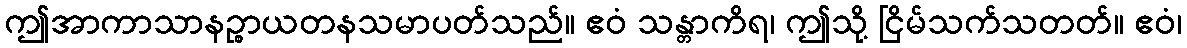
ဤအာကာသာနဉ္စာယတနသမာပတ်သည်။ ဧဝံ သန္တာကိရ၊ ဤသို့ ငြိမ်သက်သတတ်။ ဧဝံ၊